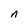
Character: n